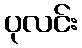
ပုလင်း